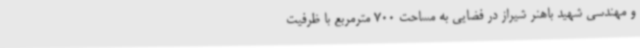
و مهندسی شهید باهنر شیراز در فضایی به مساحت 700 مترمربع با ظرفیت